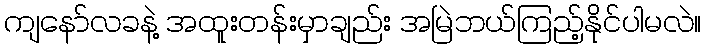
ကျနော်လခနဲ့ အထူးတန်းမှာချည်း အမြဲဘယ်ကြည့်နိုင်ပါမလဲ။